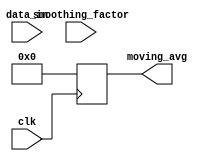
module EMA_accumulator (
    input clk,
    input [31:0] data_in,
    input [31:0] smoothing_factor,
    output reg [31:0] moving_avg
);

reg [31:0] accumulator;

always @(posedge clk) begin
    accumulator <= data_in * smoothing_factor + accumulator * (32'h100000000 - smoothing_factor);
    moving_avg <= accumulator >> 32; // divide by 2^32
end

endmodule